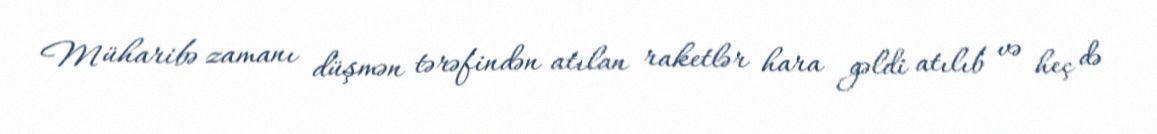
Müharibə zamanı düşmən tərəfindən atılan raketlər hara gəldi atılıb və heç də